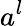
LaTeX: a^{l}